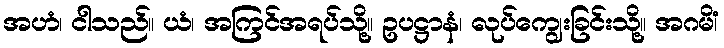
အဟံ၊ ငါသည်။ ယံ၊ အကြင်အရပ်သို့။ ဥပဋ္ဌာနံ၊ လုပ်ကျွေးခြင်းသို့။ အဂမိံ၊